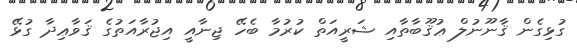
ގުޅިގެން ޤާނޫނުލް ޢުޤޫބާތާއި ޝަރީއަތް ކުރުމާ ބެހޭ ޖިނާއީ އިޖުރާއަތުގެ ޤަވާޢިދާ ގުޅޭ